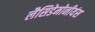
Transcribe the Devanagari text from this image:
लैसिडेमोनीयंस